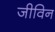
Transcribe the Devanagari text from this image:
जीविन